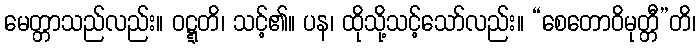
မေတ္တာသည်လည်း။ ဝဋ္ဋတိ၊ သင့်၏။ ပန၊ ထိုသို့သင့်သော်လည်း။ “စေတောဝိမုတ္တီ”တိ၊